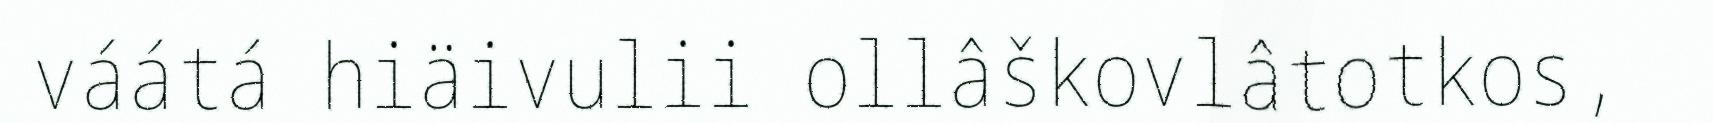
váátá hiäivulii ollâškovlâtotkos,